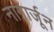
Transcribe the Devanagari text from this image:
नागार्जून